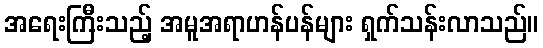
အရေးကြီးသည့် အမူအရာဟန်ပန်များ ရှက်သန်းလာသည်။